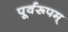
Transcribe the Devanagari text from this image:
पूर्वरूपम्